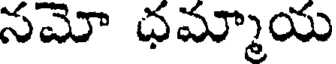
సమో ధమ్మాయ